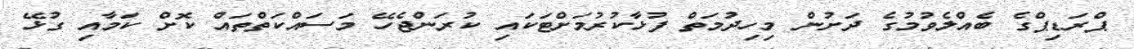
ޕްރަޑިޕްގެ ބެއްލެވުމުގެ ދަށުން މިހިދުމަތް ފުޅާކުރުމަށްޓަކައި ކުރަންޖެހޭ މަސައްކަތްތައް ކޮށް ކަމާއި ގުޅޭ